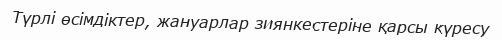
Түрлі өсімдіктер, жануарлар зиянкестеріне қарсы күресу